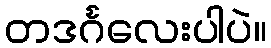
တဒင်္ဂလေးပါပဲ။